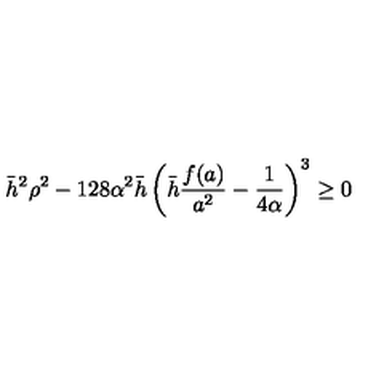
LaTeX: \bar { h } ^ { 2 } \rho ^ { 2 } - 1 2 8 \alpha ^ { 2 } \bar { h } \left( \bar { h } \frac { f ( a ) } { a ^ { 2 } } - \frac { 1 } { 4 \alpha } \right) ^ { 3 } \geq 0